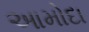
આમોદા